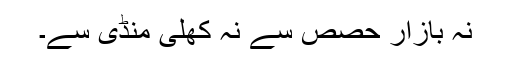
نہ بازارِ حصص سے نہ کھلی منڈی سے۔